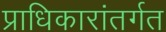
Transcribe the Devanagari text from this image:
प्राधिकारांतर्गत